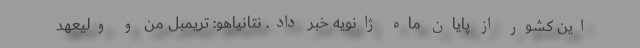
این کشور از پایان ماه ژانویه خبر داد. نتانیاهو: تریمبل من و ولیعهد